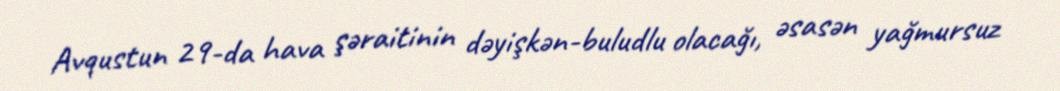
Avqustun 29-da hava şəraitinin dəyişkən-buludlu olacağı, əsasən yağmursuz